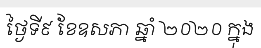
ថ្ងៃទី៩ ខែឧសភា ឆ្នាំ ២០២០ ក្នុង